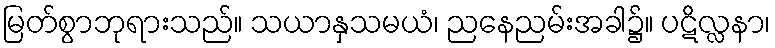
မြတ်စွာဘုရားသည်။ သယာနှသမယံ၊ ညနေညမ်းအခါ၌။ ပဋိလ္လနာ၊